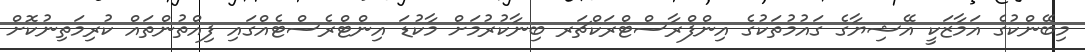
މިބޭންކުގެ އަމާޒަކީ އޭޝިޔާގެ ގައުމުތަކުގެ އިންފްރާސްޓްރަކްޗަރ ބިނާކުރުމަށް މާކުޑަ އިންޓްރެސްޓެއްގައި ފިއްތުންތައް ކުރިމަތިނުކޮށް